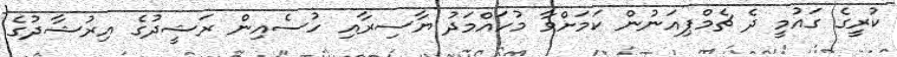
ކުރީގެ ގައުމީ ދެ ޗެމްޕިއަނުން ކަމަށްވާ މުހައްމަދު ޔާސިރާއި ހުސެއިން ރަޝީދުގެ އިރުޝާދުގެ